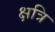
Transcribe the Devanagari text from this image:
क्षत्रि